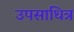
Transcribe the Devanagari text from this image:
उपसाधित्र